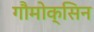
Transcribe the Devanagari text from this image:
गौमोक्सिन